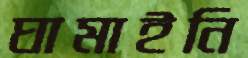
ঘামাইনি